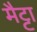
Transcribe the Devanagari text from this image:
मैट्टा